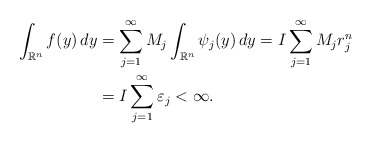
\begin{align*} \int_{\mathbb{R}^n} f(y)\,dy&=\sum^{\infty}_{j=1}M_j \int_{\mathbb{R}^n} \psi_j (y)\,dy=I\sum^{\infty}_{j=1} M_j r^{n}_{j}\\ &=I\sum^{\infty}_{j=1}\varepsilon_j <\infty. \end{align*}